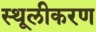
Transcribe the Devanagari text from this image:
स्थूलीकरण